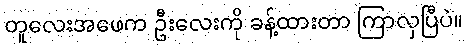
တူလေးအဖေက ဦးလေးကို ခန့်ထားတာ ကြာလှပြီပဲ။